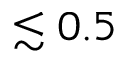
\lesssim 0 . 5